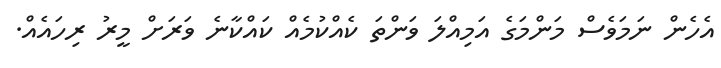
އެހެން ނަމަވެސް މަންމަގެ އަމިއްލަ ވަންތަ ކެއްކުމެއް ކައްކާނެ ވަރަށް މީރު ރިހައެއް.